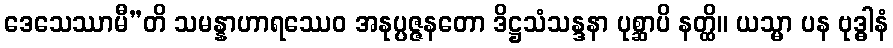
ဒေသေဿာမီ”တိ သမန္နာဟာရဿေဝ အနုပ္ပဇ္ဇနတော ဒိဋ္ဌသံသန္ဒနာ ပုစ္ဆာပိ နတ္ထိ။ ယသ္မာ ပန ဗုဒ္ဓါနံ